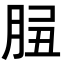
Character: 𦛑